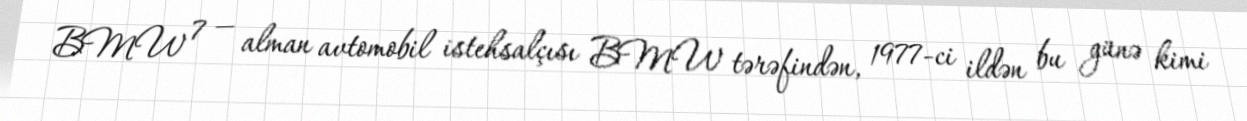
BMW 7 — alman avtomobil istehsalçısı BMW tərəfindən, 1977-ci ildən bu günə kimi